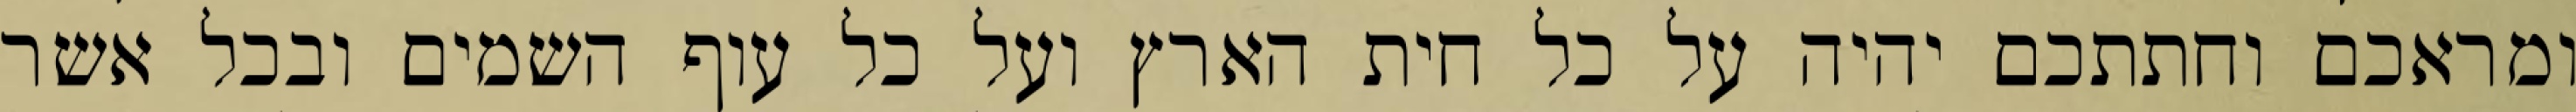
ומראכם וחתתכם יהיה על כל חית הארץ ועל כל עוף השמים ובכל אשר